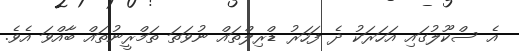
އެ ސްކޫލުގައި އަހަރަކު ދެ ފަހަރު ޑްރިލްތައް ނުވަތަ ތަމްރީނުތައް ބާއްވަ އެވެ.